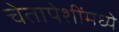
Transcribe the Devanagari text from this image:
चेतापेशींमध्ये